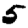
Digit: 5